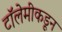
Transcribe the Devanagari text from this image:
टॉलेमीकडून